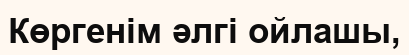
Көргенім әлгі ойлашы,